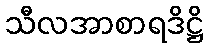
သီလအာစာရဒိဋ္ဌိ